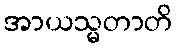
အာယသ္မတာတိ